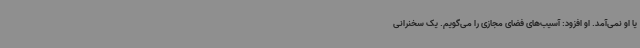
یا او نمی‌آمد. او افزود: آسیب‌های فضای مجازی را می‌گویم. یک سخنرانی